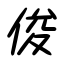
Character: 俊